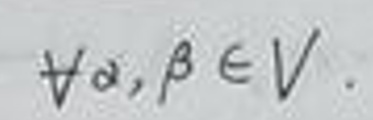
$\forall \alpha,\beta\in V.$